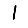
Digit: 1